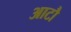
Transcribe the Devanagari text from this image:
आटौ